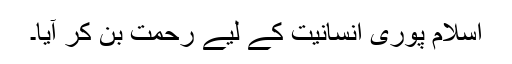
اسلام پوری انسانیت کے لیے رحمت بن کر آیا۔